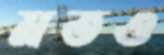
মতও